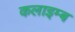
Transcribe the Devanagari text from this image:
कलाइम्ब